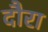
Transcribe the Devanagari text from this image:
दौरा